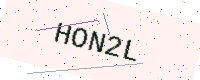
Text: HON2L